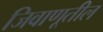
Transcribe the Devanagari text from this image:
जिवाणूतील